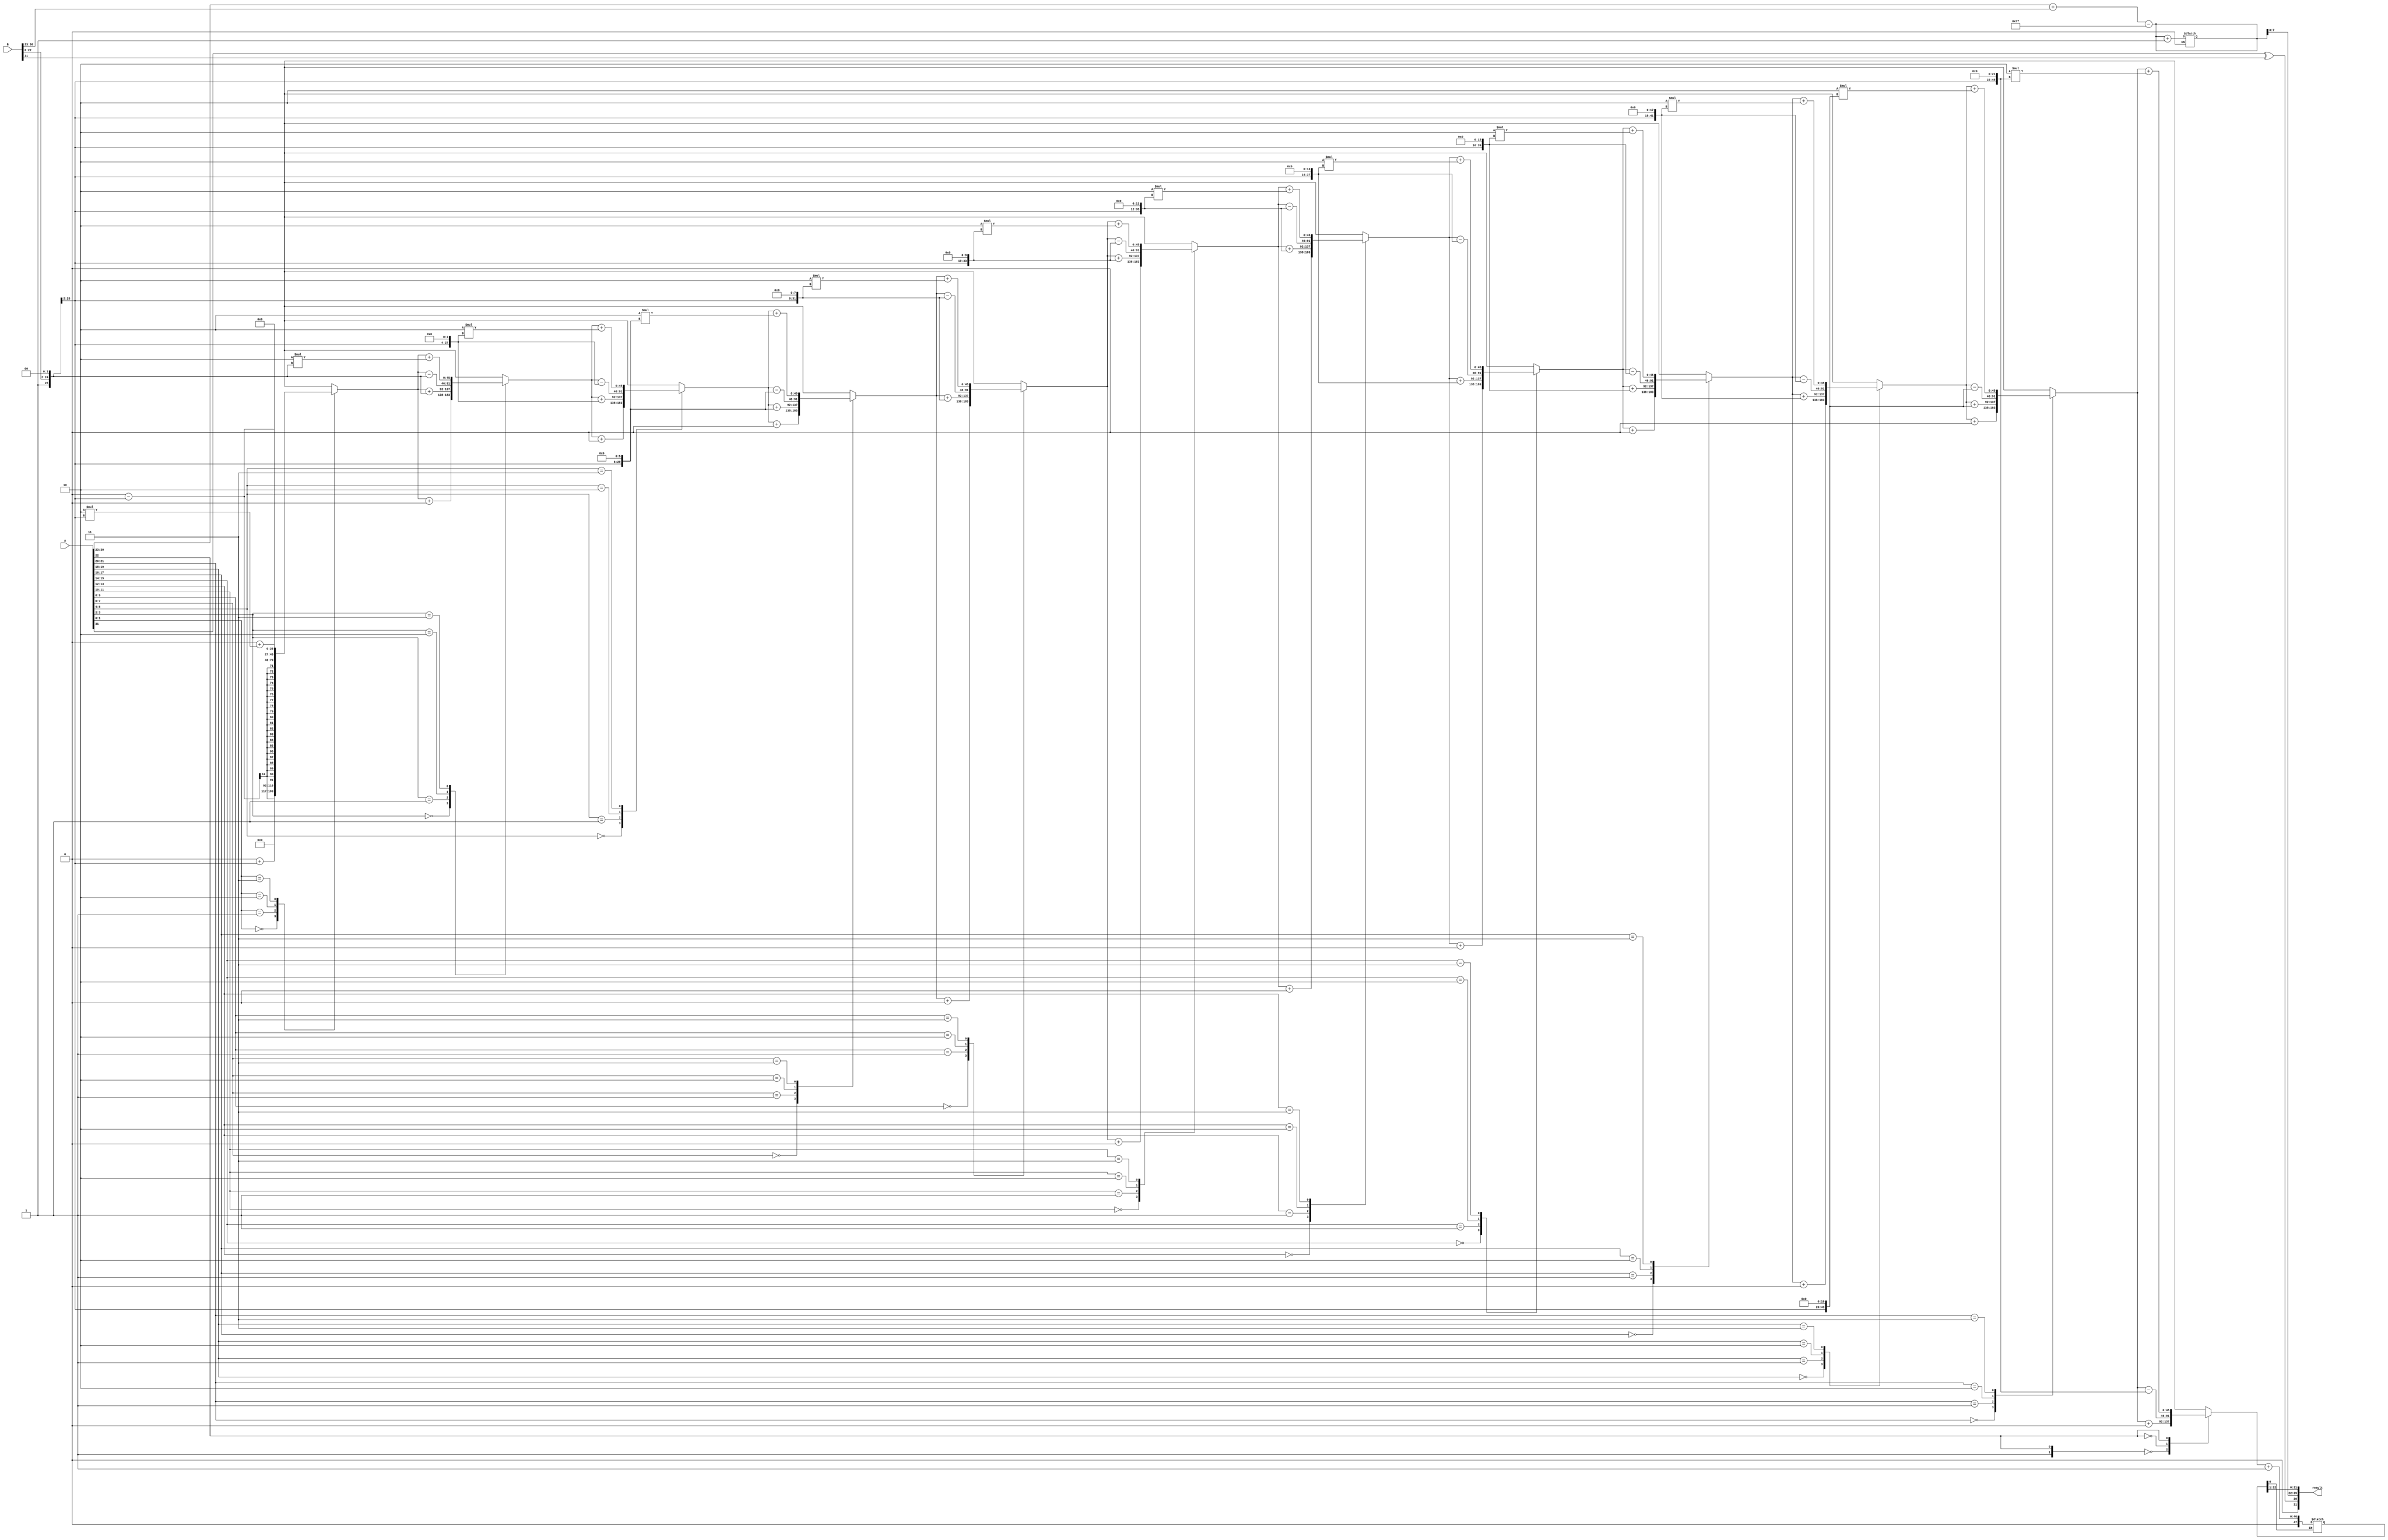
module radix4_fp_multiplier (
    input wire [31:0] A, // Single-precision floating-point input A
    input wire [31:0] B, // Single-precision floating-point input B
    output reg [31:0] result // Single-precision floating-point output
);

    // IEEE 754 components
    wire sign_A = A[31];
    wire sign_B = B[31];
    wire [7:0] exp_A = A[30:23];
    wire [7:0] exp_B = B[30:23];
    wire [22:0] frac_A = A[22:0];
    wire [22:0] frac_B = B[22:0];

    // Sign calculation
    wire sign_result = sign_A ^ sign_B;

    // Exponent calculation
    wire [8:0] exp_sum = {1'b0, exp_A} + {1'b0, exp_B} - 8'd127;

    // Significand multiplication using Radix-4 Booth's algorithm
    reg [45:0] significand_A = {1'b1, frac_A}; // Normalize A
    reg [45:0] significand_B = {1'b1, frac_B}; // Normalize B
    reg [89:0] partial_product; // Max size for partial products

    // Booth's encoding for Radix-4
    integer i;
    always @(*) begin
        partial_product = 0;
        for (i = 0; i < 23; i = i + 2) begin
            case ({significand_A[i+1], significand_A[i]})
                2'b00: partial_product = partial_product + 0;
                2'b01: partial_product = partial_product + (significand_B << i);
                2'b10: partial_product = partial_product - (significand_B << i);
                2'b11: partial_product = partial_product + (2 * (significand_B << i));
            endcase
        end
    end

    // Result accumulation and normalization
    reg [47:0] result_significand;
    always @(*) begin
        result_significand = partial_product[45:0]; // Accumulate partial products
        // Normalize if necessary
        if (result_significand[46] == 1'b1) begin
            result_significand = result_significand >> 1;
            exp_sum = exp_sum + 1;
        end
    end

    // Rounding (simplified)
    reg round_bit;
    always @(*) begin
        round_bit = result_significand[0]; // Simple rounding
        if (round_bit) result_significand = result_significand + 1;
    end

    // Output formatting
    always @(*) begin
        result = {sign_result, exp_sum[7:0], result_significand[22:1]}; // Combine sign, exponent, and significand
    end

endmodule